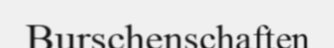
Burschenschaften